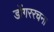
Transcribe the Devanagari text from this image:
डोंगररचना